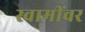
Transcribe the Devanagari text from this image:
स्वामींवर